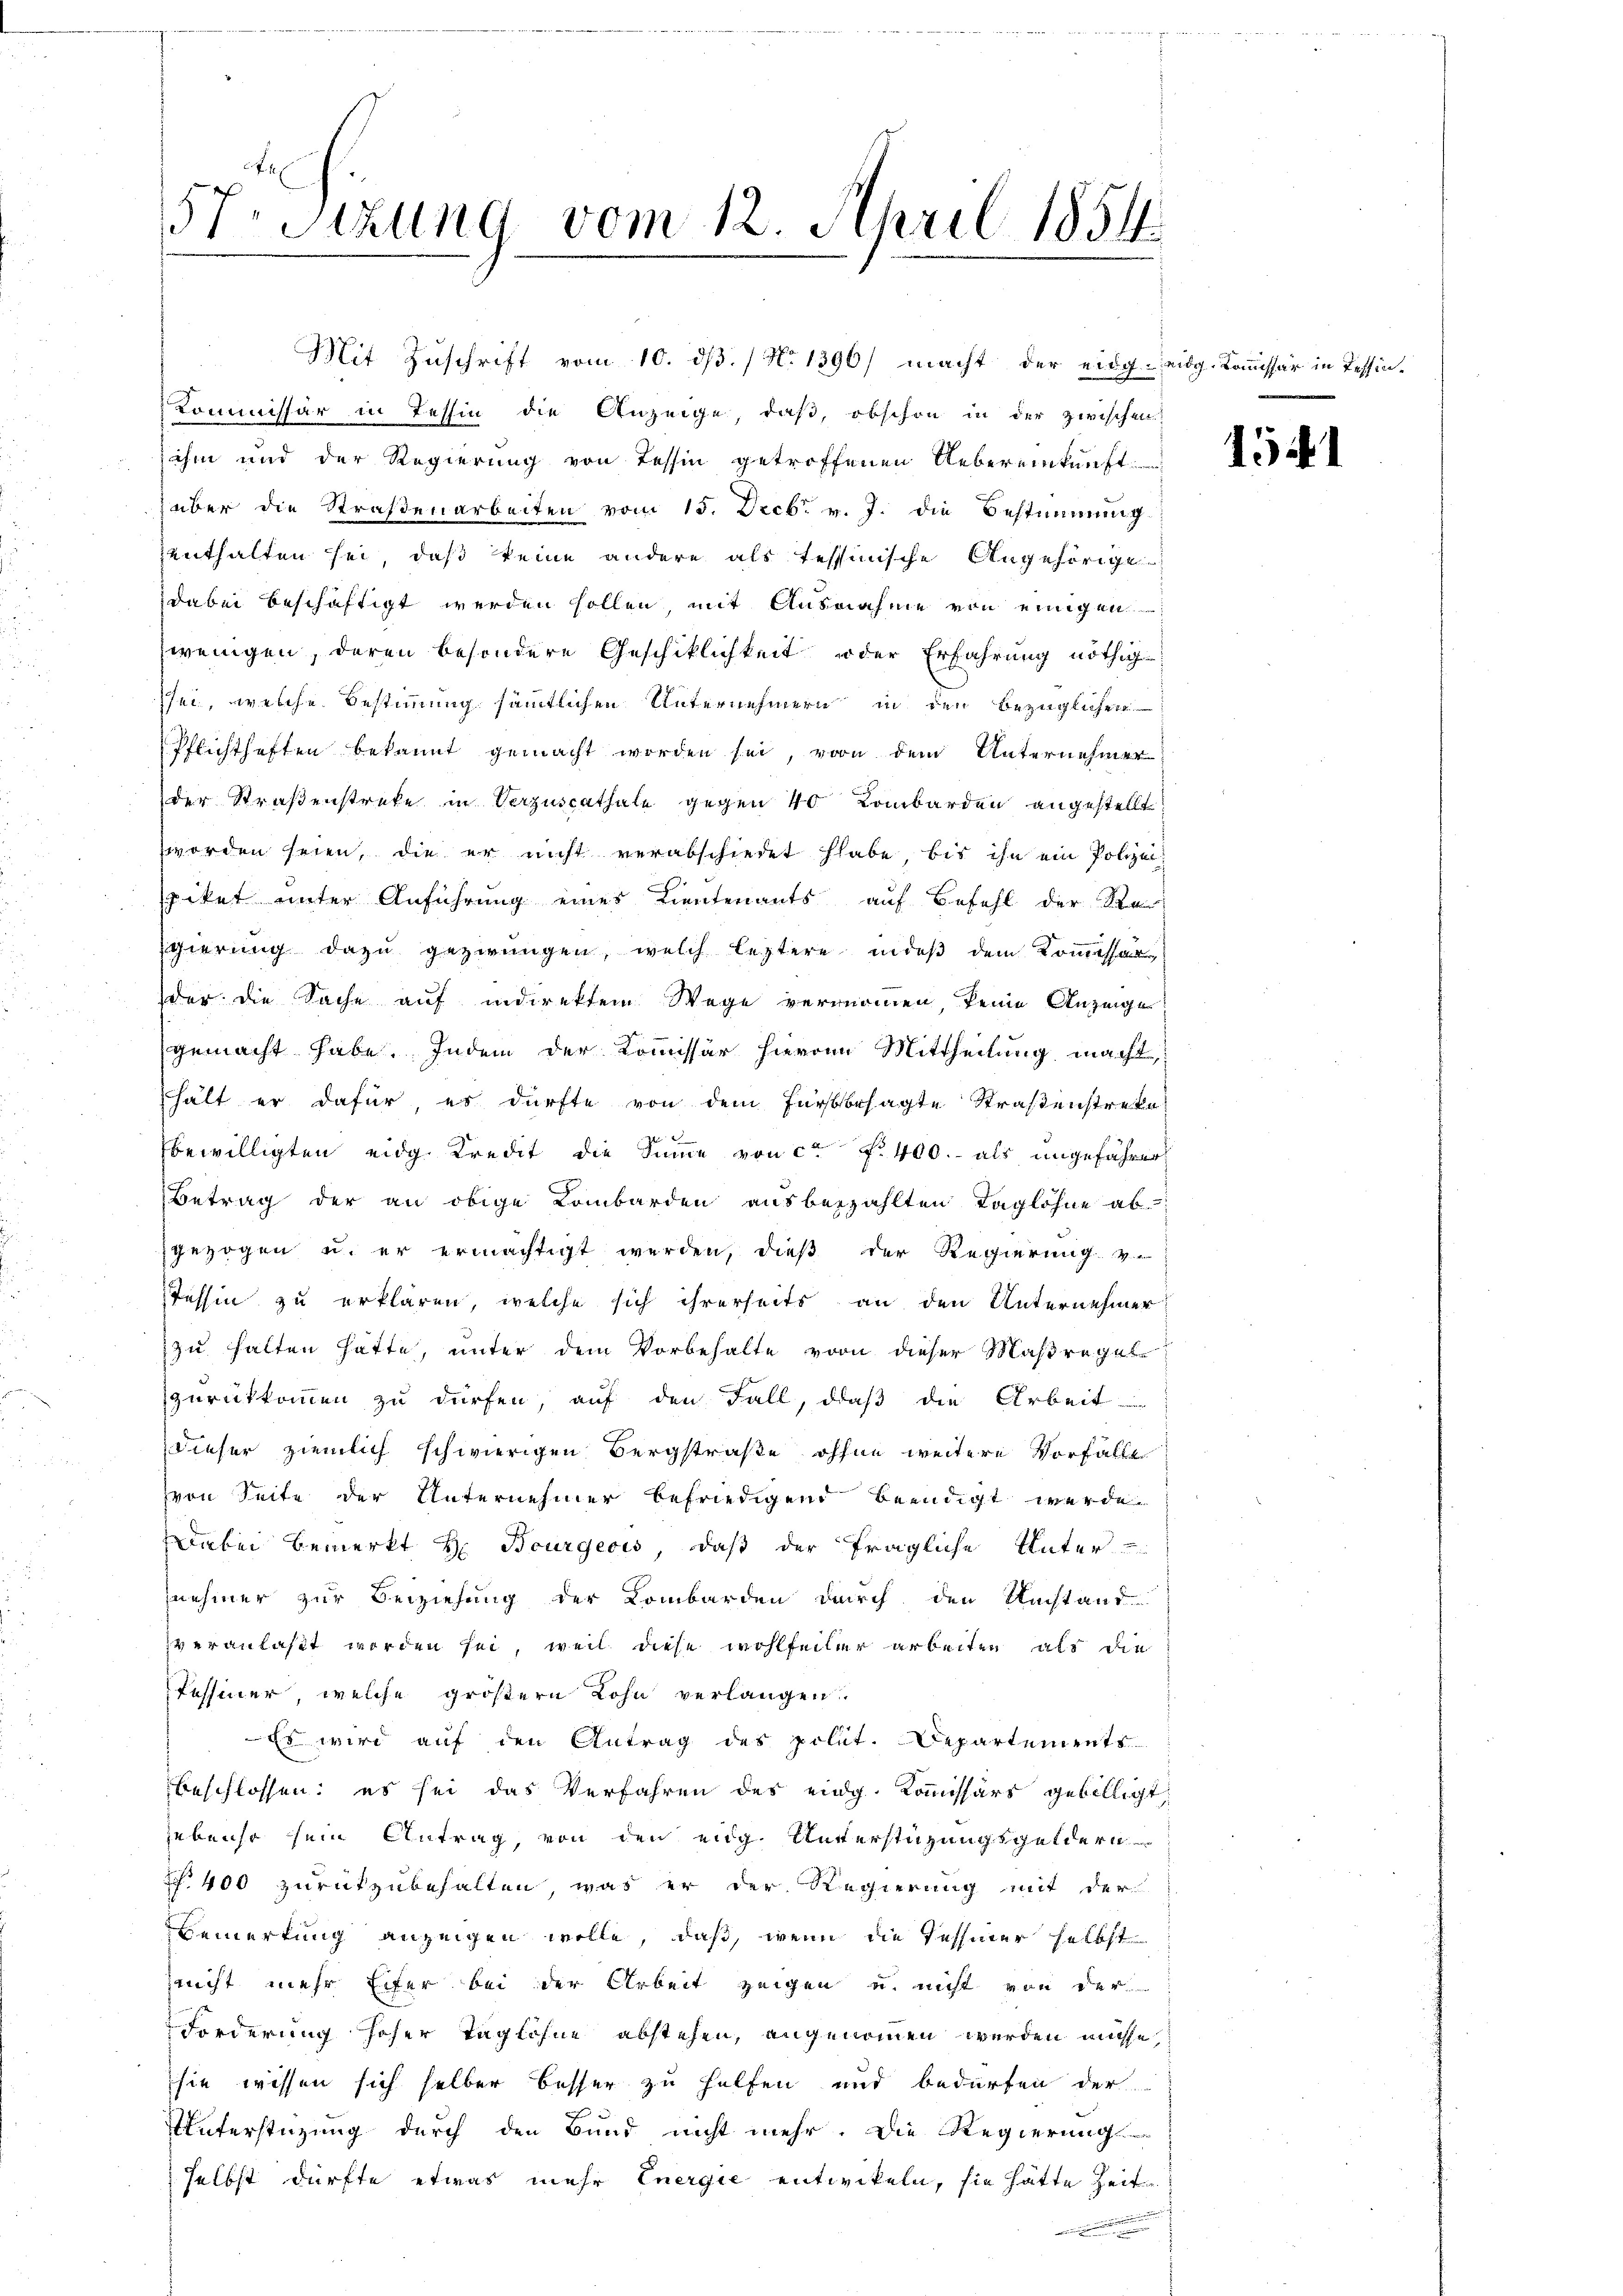
57. Sitzung vom 12. April 1854.

Kommissär in Tessin die Anzeige, daß, obschon in der zwischen
ihm und der Regierung von Tessin getroffenen Uebereinkunft
über die Straßenarbeiten vom 15. Decbr. v. J. die Bestimmung
zenthalten sei, daß keine andere als tessinische Angehörige
dabei beschäftigt werden sollen, mit Ausnahme von einigen
wenigen, deren besondere Geschiklichkeit oder Erfahrung nöthig
sei, welche Bestimmung sämmtlichen Unternehmern in den bezüglichen
Pflichthaften bekannt gemacht worden sei, von dem Unternehmer
der Straßenstreke in Verzuscathale gegen 40 Lombarden angestellt
worden seien, die er nicht verabschiedet habe, bis ihn ein Polizeipiket unter Anführung eines Lieutenants auf Befehl der Re
gierung dazu gezwungen, welch leztere indeß dem Kommissar
der die Sache auf indirektem Wege vernommen, keine Anzeige
gemacht habe. Indem der Kommissär hievon Mittheilung macht,
hält er dafür, es dürfte von dem Fürstbesagte Straßenstreke
bewilligten eidg. Kredit die Summe von ca Fr. 400.- als ungeführer
Betrag der an obige Lombarden ausbezahlten Taglohne ab
gezogen u. er ermächtigt werden, dieß der Regierung v
Tessin zu erklären, welche sich ihrerseits an den Unternehmer
zu halten hatte, unter dem Vorbehalte vor dieser Maßregel
zurückkommen zu dürfen, auf den Fall, daß die Arbeit-
Dieser ziemlich schwierigen Bergstraße ohne weitere Vorfalle
vvon Seite der Unternehmer befriedigend beendigt werde
Dabei bemerkt H. Bourgeois, daß der fragliche Unter-
nehmer zur Beziehung der Lombarden durch den Umstand
veranlaßt worden sei, weil diese wohlfeiler arbeiten, als die
Tessiner, welche größern Lohn verlangen.
Es wird auf den Antrag des polit. Departements
beschlossen: es sei das Verfahren des eidg. Kommissärs gebilligt
gebenso sein Antrag, von den eidg. Unterstüzungsgeldern
 400 zurükzubehalten, was er der Regierung mit der
Bemerkung anzeigen wolle, daß, wenn die Tessiner selbst
leucht mehr Eifer bei der Arbeit zeigen u. nicht von der
Forderung hoher Taglöhne abstehen, angenommen werden müsse,
sie wissen sich selber besser zu helfen und bedürfen der
Unterstüzung durch den Bund nicht mehr. Die Regierung
selbst dürfte etwas mehr Energie entwickeln, sie hätte Zeit

Mit Zuschrift vom 10. ds. / No 1396/ macht der eidg. eidg. Kommissär in Tessin.

1541